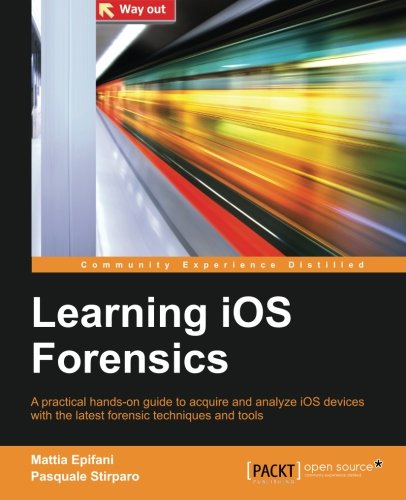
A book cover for Learning iOS Forensics; Mattia Epifani; Computers & Technology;